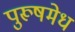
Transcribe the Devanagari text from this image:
पुरूषमेध